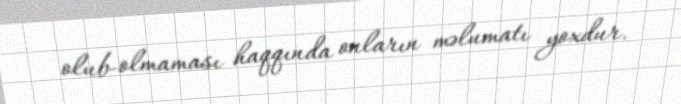
olub-olmaması haqqında onların məlumatı yoxdur.